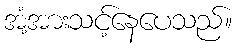
အံ့အားသင့်နေပေသည်။